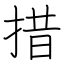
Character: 措